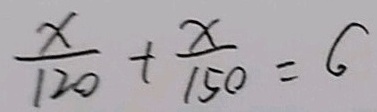
\frac { x } { 1 2 0 } + \frac { x } { 1 5 0 } = 6